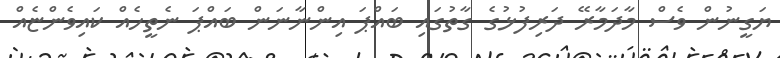
ޔަގީނުން ވެސް މާދަމާރޭ ދަރިފުޅުގެ ގާތުގައި ބައްޕަ އިންނާނަން ބައްޕަ ނެތީހެއް ކައިވެންޏެއް